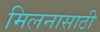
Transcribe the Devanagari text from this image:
मिलनासाठी